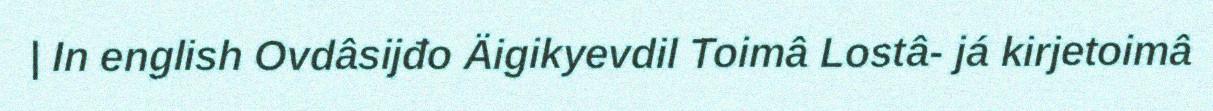
| In english Ovdâsijđo Äigikyevdil Toimâ Lostâ- já kirjetoimâ